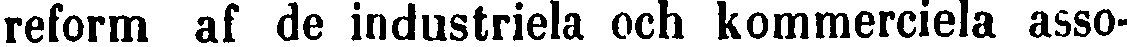
reform af de industriela och kommerciela asso-